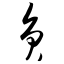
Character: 员